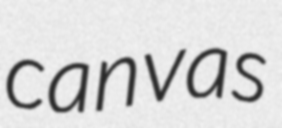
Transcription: canvas